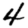
Digit: 4